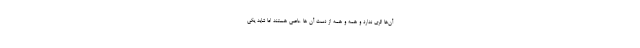
آن‌ها اثری ندارد و همه و همه از دست آن ها عاصی هستند اما شاید یکی